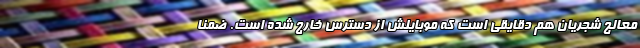
معالج شجریان هم دقایقی است که موبایلش از دسترس خارج شده است. ضمنا